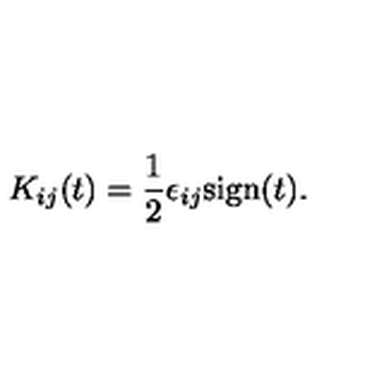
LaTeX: K _ { i j } ( t ) = \frac { 1 } { 2 } \epsilon _ { i j } \mathrm { s i g n } ( t ) .